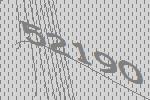
52190